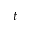
t